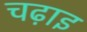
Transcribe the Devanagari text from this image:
चढ़ाइ